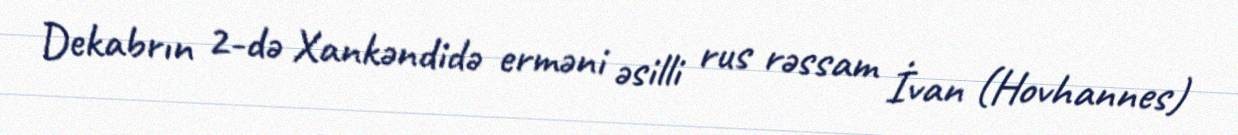
Dekabrın 2-də Xankəndidə erməni əsilli rus rəssam İvan (Hovhannes)